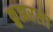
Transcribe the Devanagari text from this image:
क्रुझरला